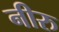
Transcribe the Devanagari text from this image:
नीरु